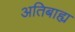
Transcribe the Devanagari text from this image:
अतिबाह्य